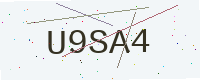
Text: U9SA4